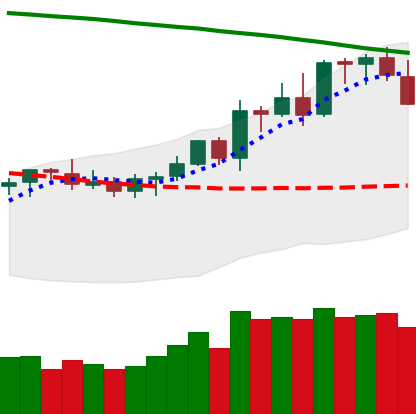
Ticker: LTC-USD
Chart end date: 2021-08-17
Forward return: 10.347%
Label: up_7plus